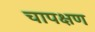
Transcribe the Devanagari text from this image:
चापक्षण